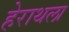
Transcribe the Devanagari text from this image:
हेराथला